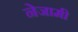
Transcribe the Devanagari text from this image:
नेजामी